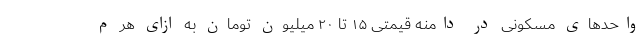
واحد‌های مسکونی در دامنه قیمتی ۱۵ تا ۲۰ میلیون تومان به ازای هر م